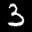
Label: 3